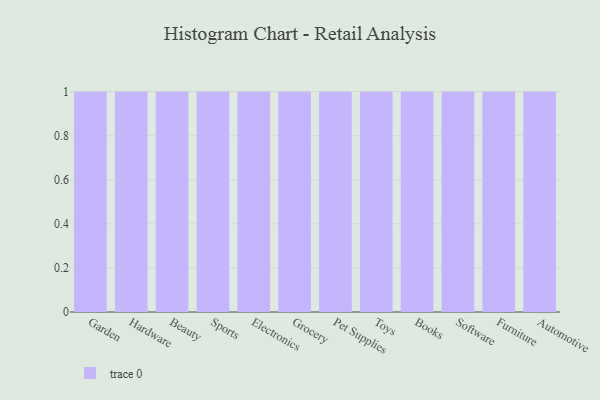
{"axis": {"x": "Category", "y": "Waste Production (Tons)"}, "legend": [""], "data": [{"x": "Garden", "y": 45, "type": ""}, {"x": "Hardware", "y": 87, "type": ""}, {"x": "Beauty", "y": 75, "type": ""}, {"x": "Sports", "y": 48, "type": ""}, {"x": "Electronics", "y": 59, "type": ""}, {"x": "Grocery", "y": 13, "type": ""}, {"x": "Pet Supplies", "y": 10, "type": ""}, {"x": "Toys", "y": 10, "type": ""}, {"x": "Books", "y": 66, "type": ""}, {"x": "Software", "y": 16, "type": ""}, {"x": "Furniture", "y": 83, "type": ""}, {"x": "Automotive", "y": 59, "type": ""}]}